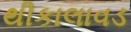
થીકાલાવડ